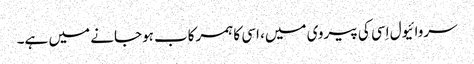
سروائیول اِسی کی پیروی میں، اسی کا ہمرکاب ہوجانے میں ہے۔